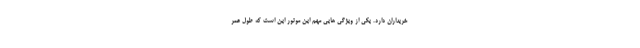
خریداران دارد. یکی از ویژگی هایی مهم این موتور این است که طول عمر